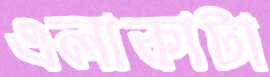
এলাকাটা